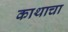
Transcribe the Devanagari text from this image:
काथाचा